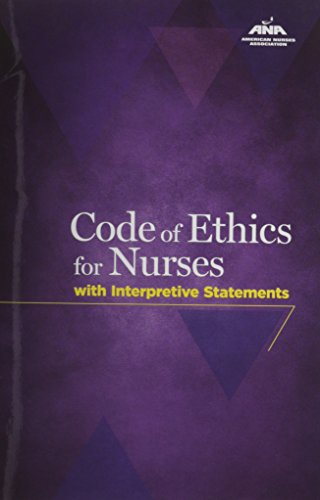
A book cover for Code Of Ethics For Nurses With Interpretive Statements (American Nurses Association); American Nurses Association; Medical Books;